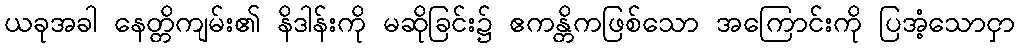
ယခုအခါ နေတ္တိကျမ်း၏ နိဒါန်းကို မဆိုခြင်း၌ ဧကန္တိကဖြစ်သော အကြောင်းကို ပြအံ့သောငှာ